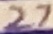
Text: 27